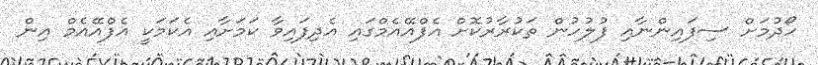
ހޯދުމަށް ސިފައިންނާއި ފުލުހުން ތަކުރާރުކޮށް އެފްއޭއެމްގައި އެދިފައިވާ ކަމަށާއި އެކަމަކީ އެފްއޭއެމް އިން